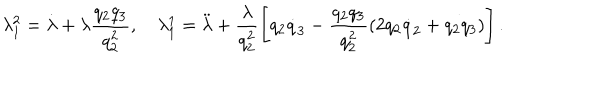
\lambda _ { 1 } ^ { 2 } = \dot { \lambda } + \lambda \frac { q _ { 2 } q _ { 3 } } { q _ { 2 } ^ { 2 } } , ~ \lambda _ { 1 } ^ { 1 } = \ddot { \lambda } + \frac { \lambda } { q _ { 2 } ^ { 2 } } \left[ q _ { 2 } { \dot { q } } _ { 3 } - \frac { q _ { 2 } q _ { 3 } } { q _ { 2 } ^ { 2 } } ( 2 q _ { 2 } { \dot { q } } _ { 2 } + q _ { 2 } q _ { 3 } ) \right] .